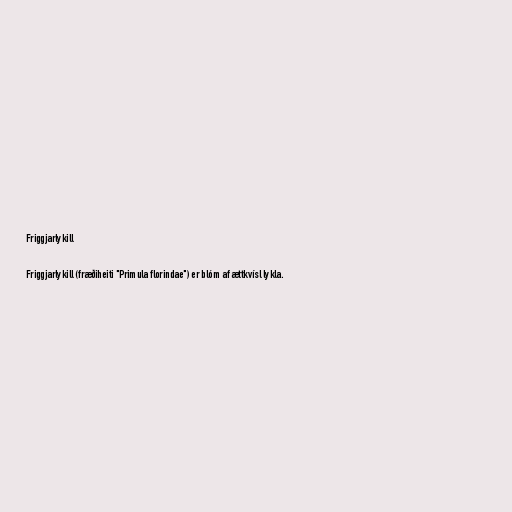
Friggjarlykill

Friggjarlykill (fræðiheiti "Primula florindae") er blóm af ættkvísl lykla.